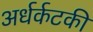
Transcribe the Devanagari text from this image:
अर्धर्कटकी